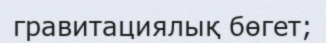
гравитациялық бөгет;